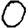
Digit: 0